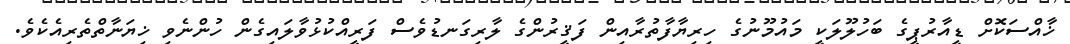
ޚާއްސަކޮށް ޑީއާރުޕީގެ ބަހުލޫލަކީ މައުމޫނުގެ ހިރިޔާފާތުރާއިން ފަޤީރުންގެ ލާރިގަނޑުވެސް ފަރީއްކުޅުވާލައިގެން ހުންނެވި ޚިޔަނާތްތެރިއެކެވެ.